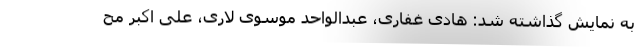
به نمایش گذاشته شد: هادی غفاری، عبدالواحد موسوی لاری، علی اکبر مح